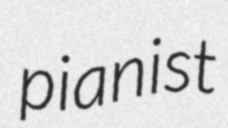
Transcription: pianist